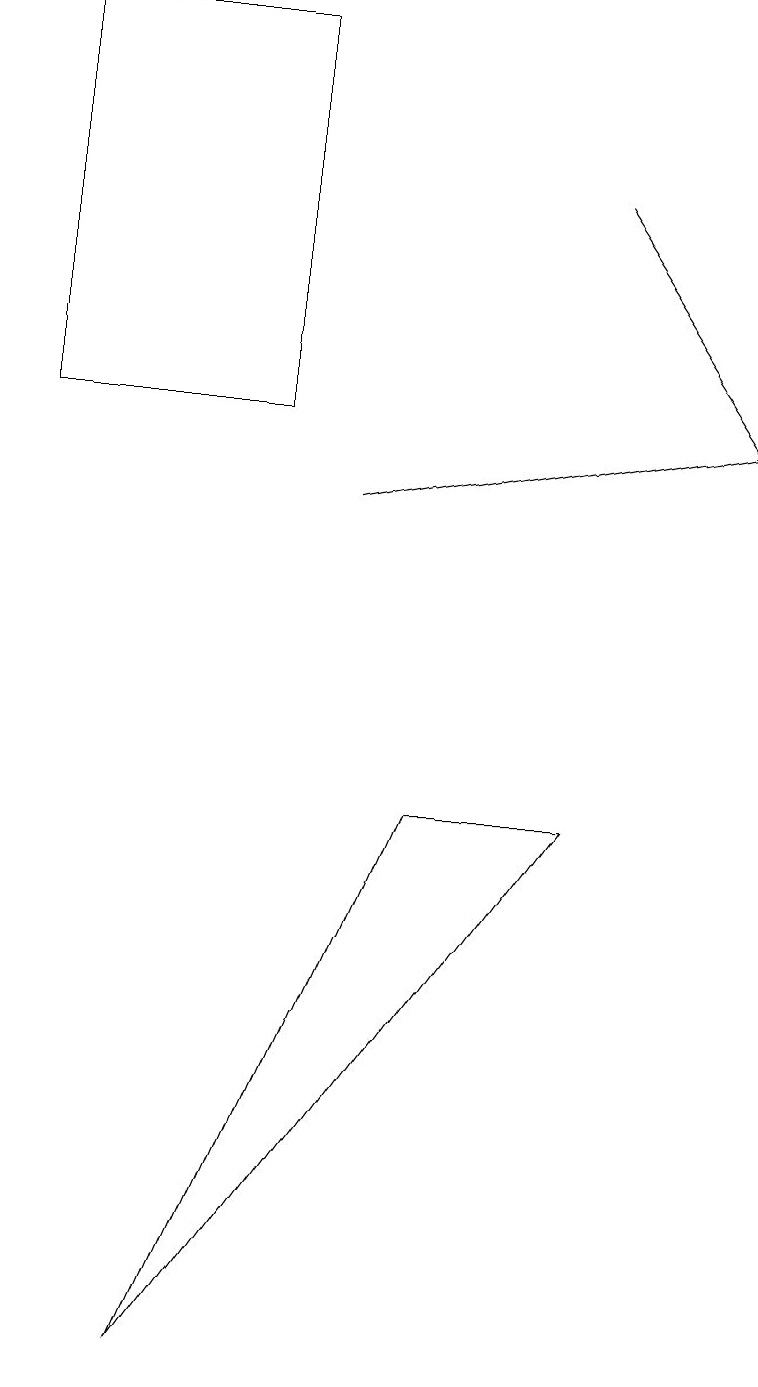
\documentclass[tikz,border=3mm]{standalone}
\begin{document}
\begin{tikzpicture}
\draw (7,9) -- (5,9) -- (2,2) -- cycle;
\draw[->] (4,13) -- (9,14);
\draw (0,14) rectangle (3,19);
\draw[->] (7,17) -- (9,14);
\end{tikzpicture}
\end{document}